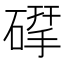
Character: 𮀶